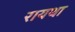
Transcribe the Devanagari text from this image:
रायथा